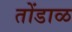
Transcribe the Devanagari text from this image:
तोंडाळ